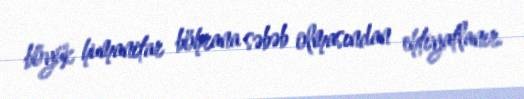
böyük humanitar böhrana səbəb olmasından ehtiyatlanır.